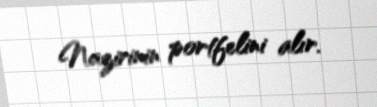
Nazirinin portfelini alır.